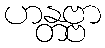
ဟန္တဗ္ဗာ